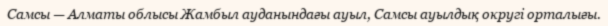
Самсы — Алматы облысы Жамбыл ауданындағы ауыл, Самсы ауылдық округі орталығы.